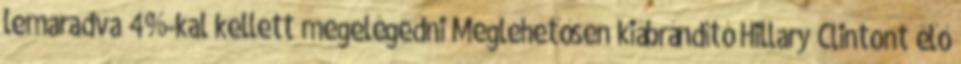
lemaradva 4%-kal kellett megelégedni Meglehetősen kiábrándító Hillary Clintont élő